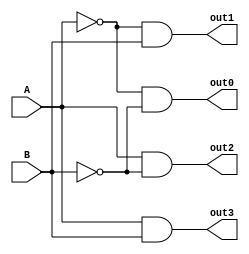
module decod_2_4(A, B, out0, out1, out2, out3);
	input A, B; 
	output  reg out0, out1, out2, out3;
	
	always @*
    begin
      out0 = ~A & ~B;

      out1 = ~A & B;

      out2 = A & ~B;

      out3 = A & B;

    end

endmodule